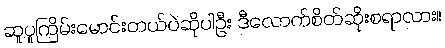
ဆူပူကြိမ်းမောင်းတယ်ပဲဆိုပါဦး ဒီလောက်စိတ်ဆိုးစရာလား။